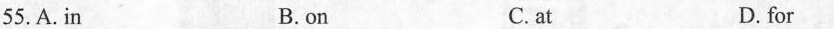
55.A.in B.on C.at D.for